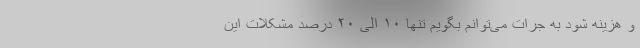
و هزینه شود به جرات می‌توانم بگویم تنها ۱۰ الی ۲۰ درصد مشکلات این